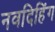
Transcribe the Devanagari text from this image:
नवदिहिंग